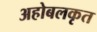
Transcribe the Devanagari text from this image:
अहोबलकृत